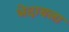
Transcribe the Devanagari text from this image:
भेदायला